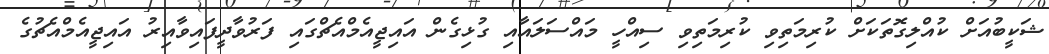
ޝަކީބުއަށް ކުއްލިގޮތަކަށް ކުރިމަތިވި ކުރިމަތިވި ސިއްހީ މައްސަލައާއި ގުޅިގެން އައިޖީއެމްއެޗްގައި ފަރުވާދީފައިވާއިރު އައިޖީއެމްއެޗުގެ